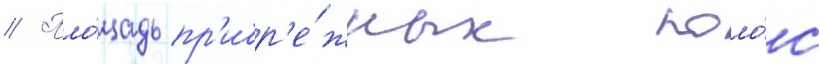
// Пло́щадь пр'ибр'е́жных поло́с